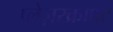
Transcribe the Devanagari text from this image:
प्लेज़रक्राफ्ट